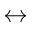
\leftrightarrow